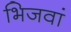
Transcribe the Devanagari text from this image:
भिजवां